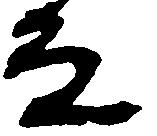
な